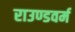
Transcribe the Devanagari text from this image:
राउण्डवर्म